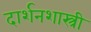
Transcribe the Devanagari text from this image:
दार्शनशास्त्री